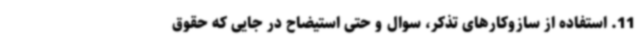
11. استفاده از سازوکارهای تذکر، سوال و حتی استیضاح در جایی که حقوق